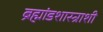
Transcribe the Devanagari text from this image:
ब्रह्मांडशास्त्राशी